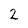
Character: 2